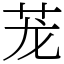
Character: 茏